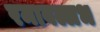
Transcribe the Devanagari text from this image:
रमावल्लभ